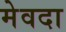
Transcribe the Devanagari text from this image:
मेवदा